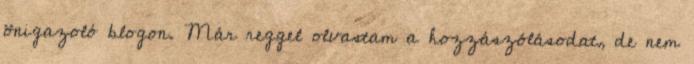
önigazoló blogon. Már reggel olvastam a hozzászólásodat, de nem